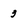
Character: 3